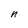
Character: n